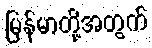
မြန်မာတို့အတွက်